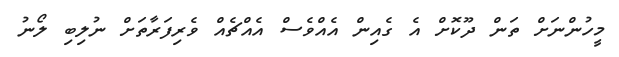
މީހުންނަށް ތަން ދޫކޮށް އެ ގެއިން އެއްވެސް އެއްޗެއް ވެރިފަރާތަށް ނުލިބި ލޯނު